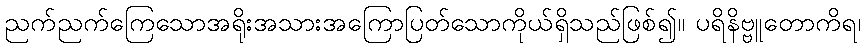
ညက်ညက်ကြေသောအရိုးအသားအကြောပြတ်သောကိုယ်ရှိသည်ဖြစ်၍။ ပရိနိဗ္ဗူတောကိရ၊